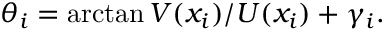
\theta _ { i } = \arctan { V ( \boldsymbol { x _ { i } } ) / U ( \boldsymbol { x _ { i } } ) + \gamma _ { i } } .